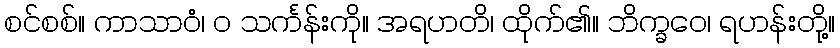
စင်စစ်။ ကာသာဝံ၊ ဝ သင်္ကန်းကို။ အရဟတိ၊ ထိုက်၏။ ဘိက္ခဝေ၊ ရဟန်းတို့။